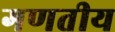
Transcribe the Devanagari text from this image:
गणतीय